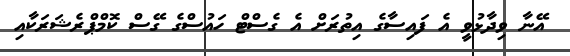
އޭނާ ވިދާޅުވީ އެ ފައިސާގެ އިތުރަށް އެ ގެސްޓް ހައުސްގެ ގޭސް ކޮމްޕްރެޝަރަކާއި